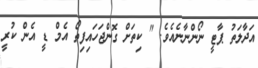
އަދާލަތު ޕާޓީ ނޯންނާނެއެވެ. " ކިތަށް ގޮންޖަހައިފިތޯ އެމް ޑީ އެން ކުރީ